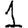
Digit: 1